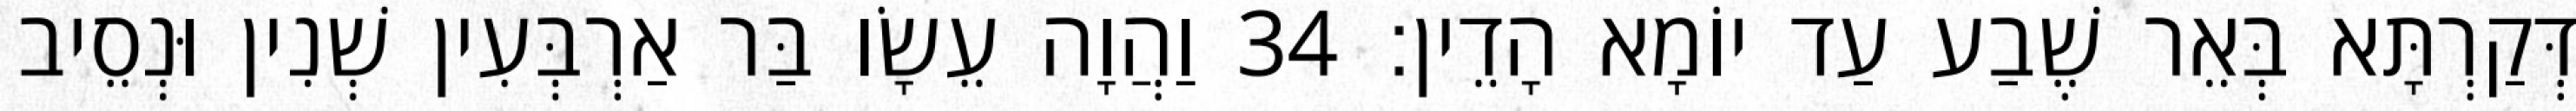
דְּקַרְתָּא בְּאֵר שֶׁבַע עַד יוֹמָא הָדֵין׃ 34 וַהֲוָה עֵשָׂו בַּר אַרְבְּעִין שְׁנִין וּנְסֵיב